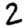
Digit: 2